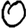
Digit: 0